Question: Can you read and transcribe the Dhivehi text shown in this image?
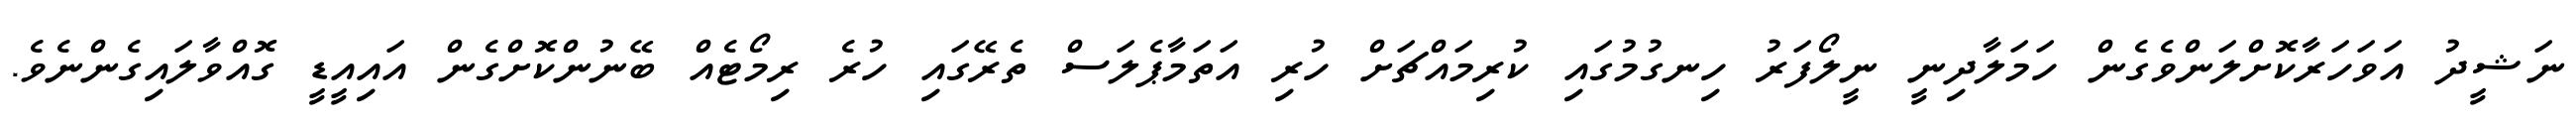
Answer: ނަޝީދު އަވަހަރާކޮށްލަންވެގެން ހަމަލާދިނީ ނީލޯފަރު ހިނގުމުގައި ކުރިމައްޗަށް ހުރި އަތަމާޕެލަސް ތެރޭގައި ހުރެ ރިމޯޓެއް ބޭނުންކޮށްގެން އައިއީޑީ ގޮއްވާލައިގެންނެވެ.